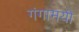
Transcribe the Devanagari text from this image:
गंगामयी